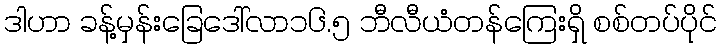
ဒါဟာ ခန့်မှန်းခြေဒေါ်လာ၁၆.၅ ဘီလီယံတန်ကြေးရှိ စစ်တပ်ပိုင်